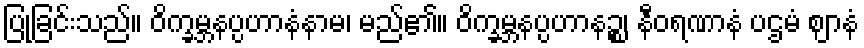
ပြုခြင်းသည်။ ဝိက္ခမ္ဘနပ္ပဟာနံနာမ၊ မည်၏။ ဝိက္ခမ္ဘနပ္ပဟာနဉ္စ၊ နီဝရဏာနံ ပဌမံ ဈာနံ